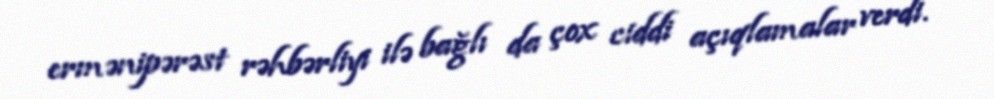
ermənipərəst rəhbərliyi ilə bağlı da çox ciddi açıqlamalar verdi.